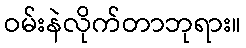
ဝမ်းနဲလိုက်တာဘုရား။